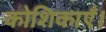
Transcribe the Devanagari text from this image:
कोशिकाएँ।